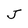
Character: J